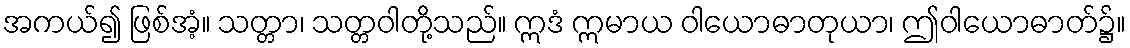
အကယ်၍ ဖြစ်အံ့။ သတ္တာ၊ သတ္တဝါတို့သည်။ ဣဒံ ဣမာယ ဝါယောဓာတုယာ၊ ဤဝါယောဓာတ်၌။